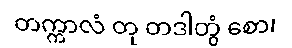
တက္ကာလံ တု တဒါတွံ စော၊